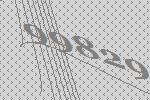
99829